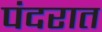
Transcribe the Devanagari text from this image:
पंदरात